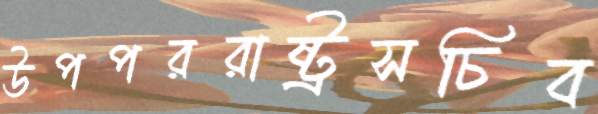
উপপররাষ্ট্রসচিব